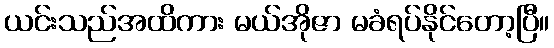
ယင်းသည်အထိကား မယ်အိုဇာ မခံရပ်နိုင်တော့ပြီ။